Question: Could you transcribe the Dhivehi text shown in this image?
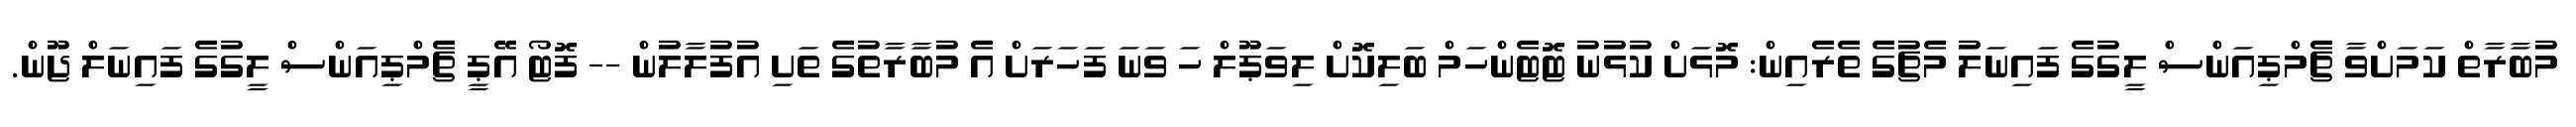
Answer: މުބާރާތް ކަމަށްވާ ޗެމްޕިއަންސް ލީގުގެ ފައިނަލު މެޗުގެ ތެރެއިން: މޮޅަށް ކުޅުނު ޓޮޓެންހަމް ބަލިކޮށް ލިވަޕޫލް ހަ ވަނަ ފަހަރަށް އެ މުބާރާތުގެ ތަށި އުފުލާލުން -- ފޮޓޯ އޭޕީ ޗެމްޕިއަންސް ލީގުގެ ފައިނަލް ޖޫން.